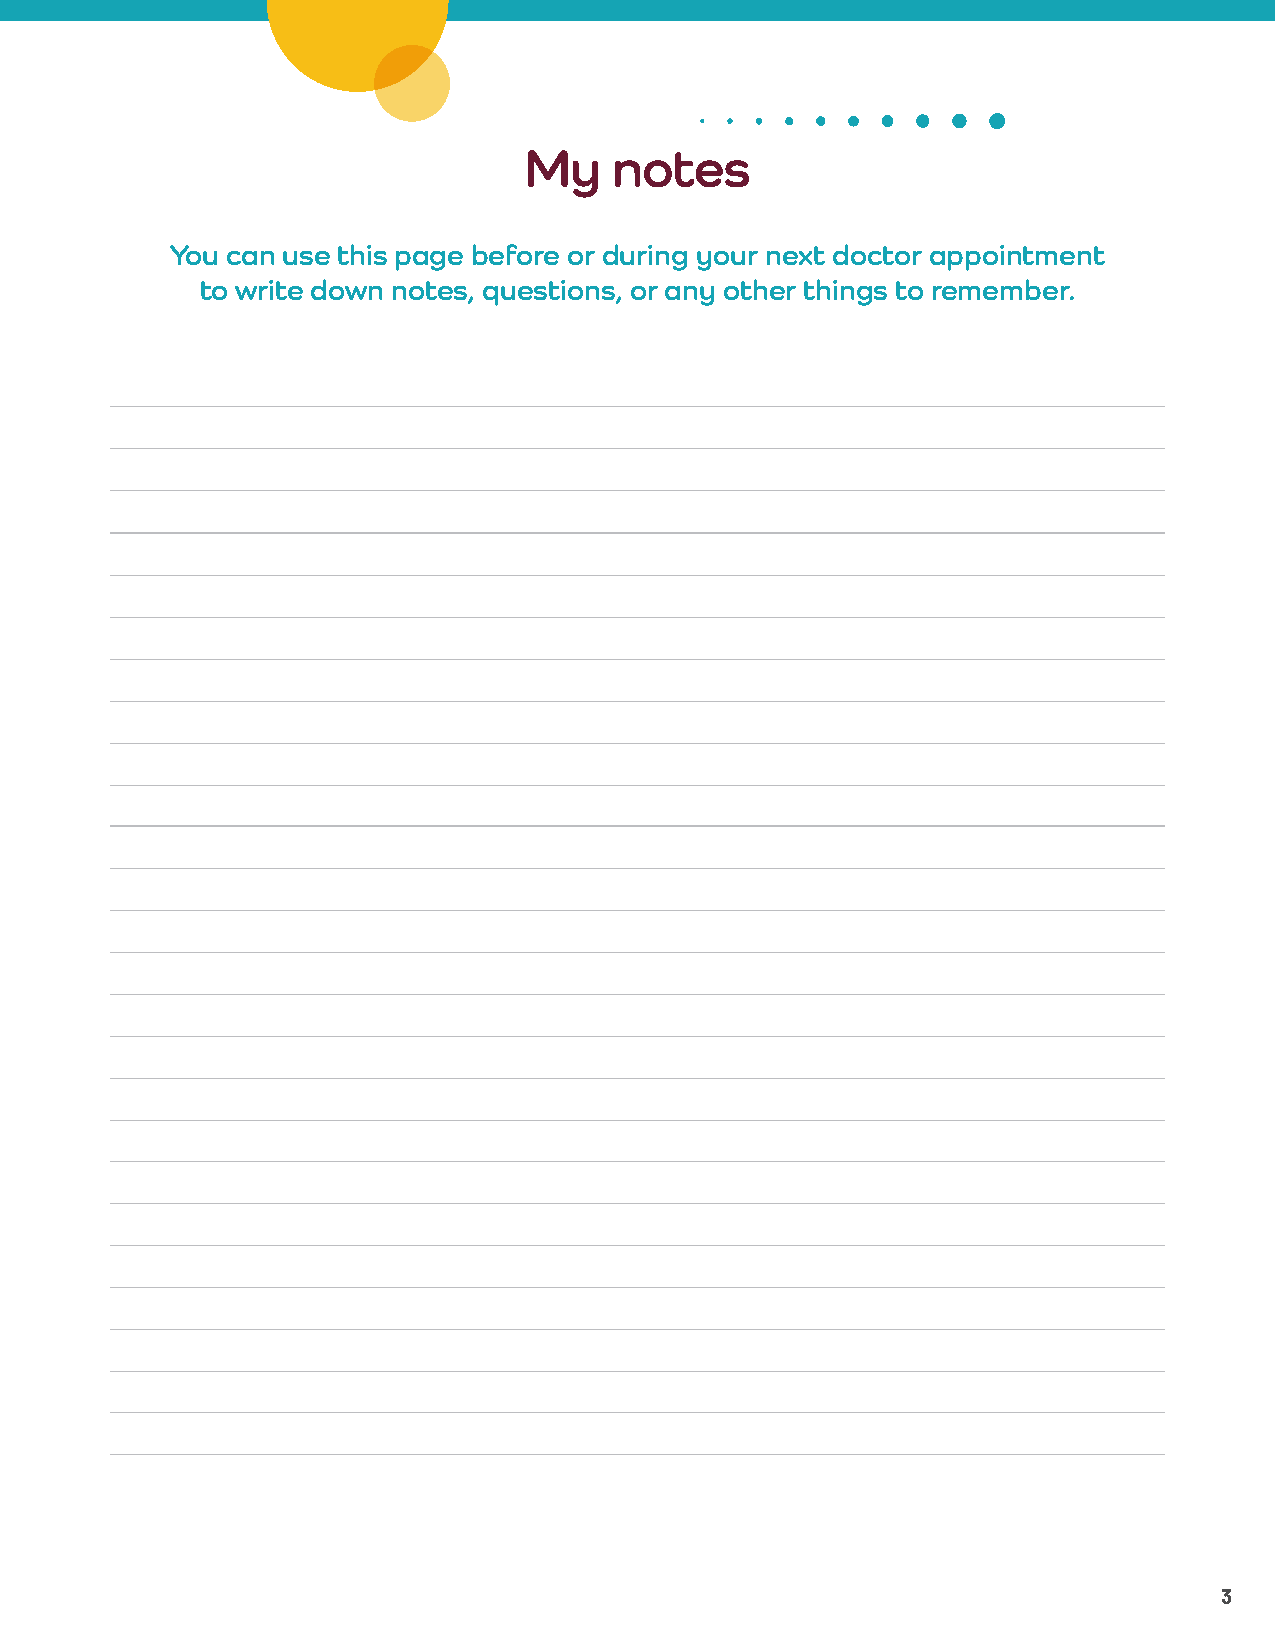
My    notes
 You can use this page before or during your next doctor appointment
 to write down notes, questions, or any other things to remember.
 3